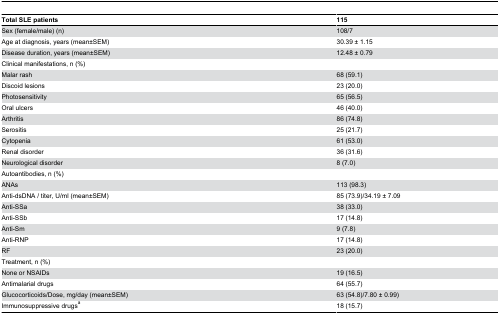
<table><thead><tr><td><b>Total SLE patients</b></td><td><b>115</b></td></tr></thead><tbody><tr><td>Sex (female/male) (n)</td><td>108/7</td></tr><tr><td>Age at diagnosis, years (mean±SEM)</td><td>30.39 ± 1.15</td></tr><tr><td>Disease duration, years (mean±SEM)</td><td>12.48 ± 0.79</td></tr><tr><td>Clinical manifestations, n (%) </td><td></td></tr><tr><td>Malar rash</td><td>68 (59.1)</td></tr><tr><td>Discoid lesions</td><td>23 (20.0)</td></tr><tr><td>Photosensitivity</td><td>65 (56.5)</td></tr><tr><td>Oral ulcers</td><td>46 (40.0)</td></tr><tr><td>Arthritis</td><td>86 (74.8)</td></tr><tr><td>Serositis</td><td>25 (21.7)</td></tr><tr><td>Cytopenia</td><td>61 (53.0)</td></tr><tr><td>Renal disorder</td><td>36 (31.6)</td></tr><tr><td>Neurological disorder</td><td>8 (7.0)</td></tr><tr><td>Autoantibodies, n (%)</td><td></td></tr><tr><td>ANAs</td><td>113 (98.3)</td></tr><tr><td>Anti-dsDNA / titer, U/ml (mean±SEM)</td><td>85 (73.9)/34.19 ± 7.09</td></tr><tr><td>Anti-SSa</td><td>38 (33.0)</td></tr><tr><td>Anti-SSb</td><td>17 (14.8)</td></tr><tr><td>Anti-Sm</td><td>9 (7.8)</td></tr><tr><td>Anti-RNP</td><td>17 (14.8)</td></tr><tr><td>RF</td><td>23 (20.0)</td></tr><tr><td>Treatment, n (%)</td><td></td></tr><tr><td>None or NSAIDs</td><td>19 (16.5)</td></tr><tr><td>Antimalarial drugs</td><td>64 (55.7)</td></tr><tr><td>Glucocorticoids/Dose, mg/day (mean±SEM)</td><td>63 (54.8)/7.80 ± 0.99)</td></tr><tr><td>Immunosuppressive drugs<sup>a</sup></td><td>18 (15.7)</td></tr></tbody></table>